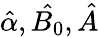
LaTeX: {\hat{\alpha},\hat{B_{0}},\hat{A}}